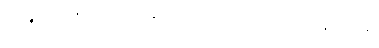
ထိုပဉ္စဂရုကဇာတ်၌။ အမနုဿေဟိ၊ ဘီလူးတို့သည်။ ကန္တာရမဇ္ဈေ၊